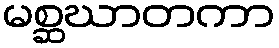
မစ္ဆဃာတကာ